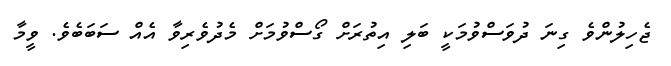
ޖެހިލުންވެ ގިނަ ދުވަސްވުމަކީ ބަލި އިތުރަށް ގޯސްވުމަށް މެދުވެރިވާ އެއް ސަބަބެވެ. ވީމާ